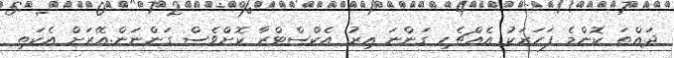
ދައްތަ ކޮންމެ ފަހަރަކު އެއްޗެހި ގަންނަ އިރު އެކްސްޓްރާ ކޮށްވެސް ގަންނަން.އޭރަށް އެކަތި